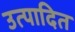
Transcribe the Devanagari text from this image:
उत्पादित